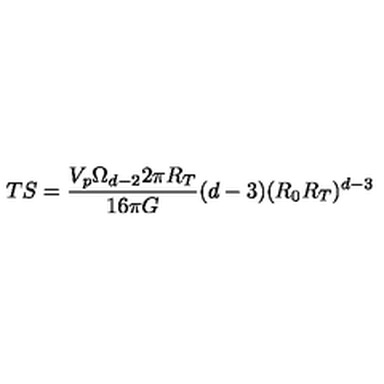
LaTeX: T S = \frac { V _ { p } \Omega _ { d - 2 } 2 \pi R _ { T } } { 1 6 \pi G } ( d - 3 ) ( R _ { 0 } R _ { T } ) ^ { d - 3 }